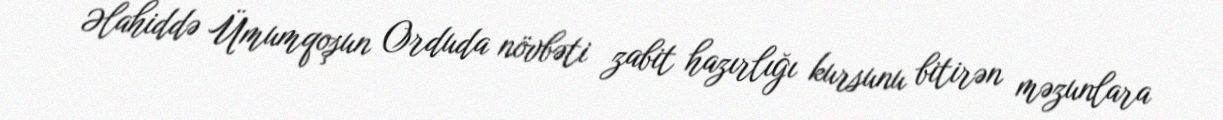
Əlahiddə Ümumqoşun Orduda növbəti zabit hazırlığı kursunu bitirən məzunlara